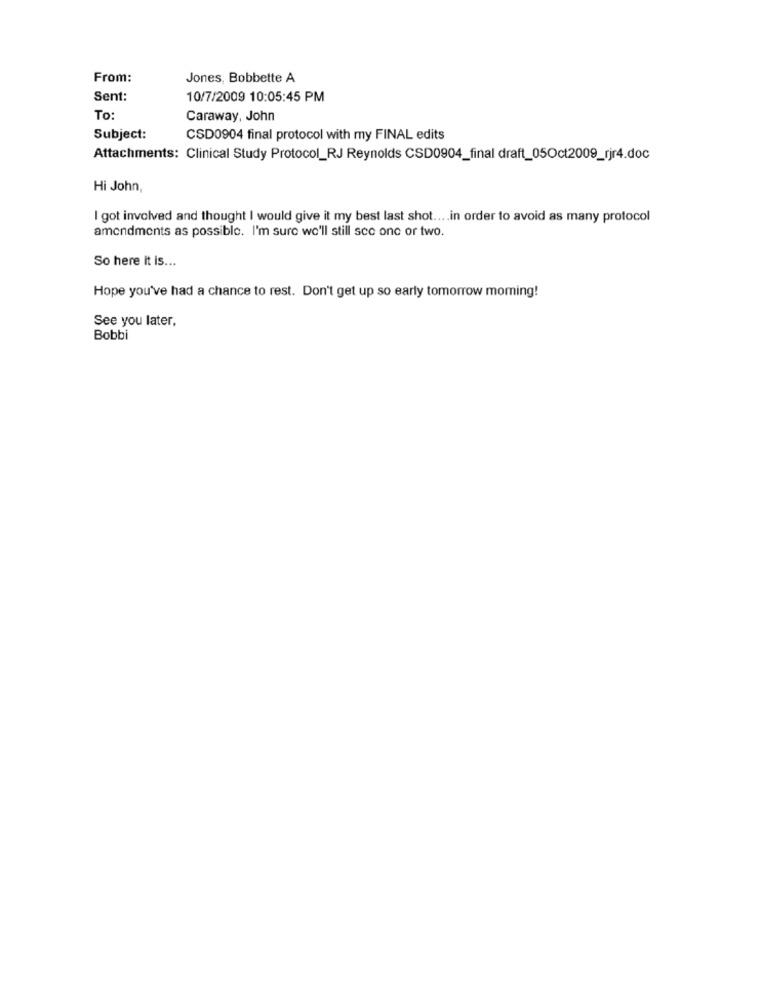
From:
Jones, Bobbette A
Sent:
10/7/2009 10:05:45 PM
To:
Caraway, John
Subject:
CSD0904 final protocol with my FINAL edits
Attachments: Clinical Study Protocol_RJ Reynolds CSD0904_final draft_05Oct2009_rjr4.doc
Hi John,
I got involved and thought I would give it my best last shot .... in order to avoid as many protocol
amendments as possible. I'm sure we'll still sco one or two.
So here it is ...
Hope you've had a chance to rest. Don't get up so early tomorrow morning!
See you later,
Bobbi